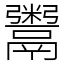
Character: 鬻